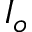
I _ { o }